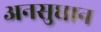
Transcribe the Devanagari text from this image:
अनसुधान